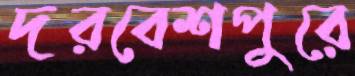
দরবেশপুরে